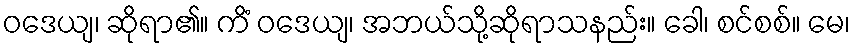
ဝဒေယျ၊ ဆိုရာ၏။ ကိံ ဝဒေယျ၊ အဘယ်သို့ဆိုရာသနည်း။ ခေါ၊ စင်စစ်။ မေ၊